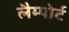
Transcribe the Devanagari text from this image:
लैम्पोर्ट